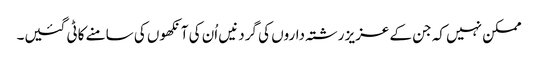
ممکن نہیں کہ جن کے عزیز رشتہ داروں کی گردنیں اُن کی آنکھوں کی سامنے کاٹی گئیں۔